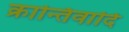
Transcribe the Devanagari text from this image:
क्रान्तिवादि